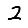
Digit: 2